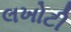
લખોટી